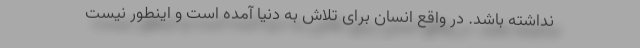
نداشته باشد. در واقع انسان برای تلاش به دنیا آمده است و اینطور نیست